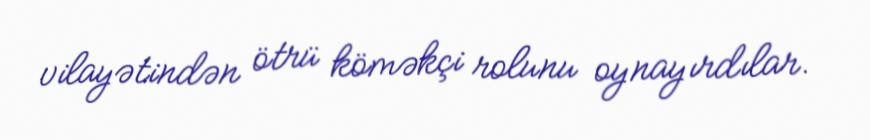
vilayətindən ötrü köməkçi rolunu oynayırdılar.